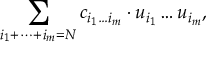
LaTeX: \sum _ { i _ { 1 } + \dots + i _ { m } = N } c _ { i _ { 1 } \dots i _ { m } } \cdot u _ { i _ { 1 } } \dots u _ { i _ { m } } ,